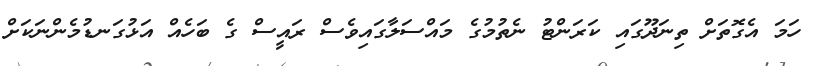
ހަމަ އެގޮތަށް ތިނަދޫގައި ކަރަންޓު ނެތުމުގެ މައްސަލާގައިވެސް ރައީސް ގެ ބަހެއް އަޅުގަނޑުމެންނަކަށް